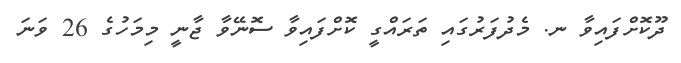
ދޫކޮށްފައިވާ ނ. މެދުފަރުގައި ތަރައްގީ ކޮށްފައިވާ ސޮނޭވާ ޖާނީ މިމަހުގެ 26 ވަނަ